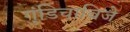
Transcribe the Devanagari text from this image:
गुंडिचाविजे